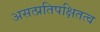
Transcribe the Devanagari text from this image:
असत्प्रतिपक्षितत्व